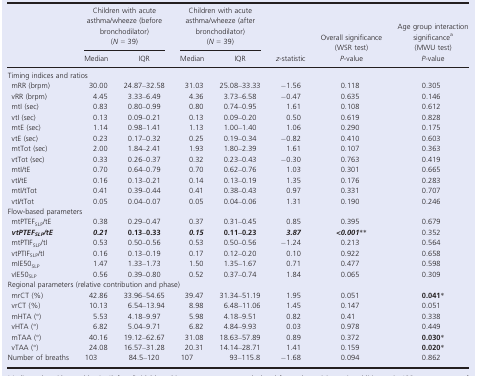
<table><thead><tr><td></td><td colspan="2"><b>Children with acute asthma/wheeze (before bronchodilator) (<i>N</i> = 39)</b></td><td colspan="2"><b>Children with acute asthma/wheeze (after bronchodilator) (<i>N</i> = 39)</b></td><td></td><td><b>Overall significance (WSR test)</b></td><td><b>Age group interaction significancea (MWU test)</b></td></tr><tr><td></td><td><b>Median</b></td><td><b>IQR</b></td><td><b>Median</b></td><td><b>IQR</b></td><td><b><i>z</i>‐statistic</b></td><td><b><i>P</i>‐value</b></td><td><b><i>P</i>‐value</b></td></tr></thead><tbody><tr><td colspan="8">Timing indices and ratios</td></tr><tr><td>mRR (brpm)</td><td>30.00</td><td>24.87–32.58</td><td>31.03</td><td>25.08–33.33</td><td>−1.56</td><td>0.118</td><td>0.305</td></tr><tr><td>vRR (brpm)</td><td>4.45</td><td>3.33–6.49</td><td>4.36</td><td>3.73–6.58</td><td>−0.47</td><td>0.635</td><td>0.146</td></tr><tr><td>mtI (sec)</td><td>0.83</td><td>0.80–0.99</td><td>0.80</td><td>0.74–0.95</td><td>1.61</td><td>0.108</td><td>0.612</td></tr><tr><td>vtI (sec)</td><td>0.13</td><td>0.09–0.21</td><td>0.13</td><td>0.09–0.20</td><td>0.50</td><td>0.619</td><td>0.828</td></tr><tr><td>mtE (sec)</td><td>1.14</td><td>0.98–1.41</td><td>1.13</td><td>1.00–1.40</td><td>1.06</td><td>0.290</td><td>0.175</td></tr><tr><td>vtE (sec)</td><td>0.23</td><td>0.17–0.32</td><td>0.25</td><td>0.19–0.34</td><td>−0.82</td><td>0.410</td><td>0.603</td></tr><tr><td>mtTot (sec)</td><td>2.00</td><td>1.84–2.41</td><td>1.93</td><td>1.80–2.39</td><td>1.61</td><td>0.107</td><td>0.363</td></tr><tr><td>vtTot (sec)</td><td>0.33</td><td>0.26–0.37</td><td>0.32</td><td>0.23–0.43</td><td>−0.30</td><td>0.763</td><td>0.419</td></tr><tr><td>mtI/tE</td><td>0.70</td><td>0.64–0.79</td><td>0.70</td><td>0.62–0.76</td><td>1.03</td><td>0.301</td><td>0.665</td></tr><tr><td>vtI/tE</td><td>0.16</td><td>0.13–0.21</td><td>0.14</td><td>0.13–0.19</td><td>1.35</td><td>0.176</td><td>0.283</td></tr><tr><td>mtI/tTot</td><td>0.41</td><td>0.39–0.44</td><td>0.41</td><td>0.38–0.43</td><td>0.97</td><td>0.331</td><td>0.707</td></tr><tr><td>vtI/tTot</td><td>0.05</td><td>0.04–0.07</td><td>0.05</td><td>0.04–0.06</td><td>1.31</td><td>0.190</td><td>0.246</td></tr><tr><td colspan="7">Flow‐based parameters</td><td></td></tr><tr><td>mtPTEF<sub>SLP</sub>/tE</td><td>0.38</td><td>0.29–0.47</td><td>0.37</td><td>0.31–0.45</td><td>0.85</td><td>0.395</td><td>0.679</td></tr><tr><td><i><b>vtPTEF</b></i><sub><i><b>SLP</b></i></sub><i><b>/tE</b></i></td><td><i><b>0.21</b></i></td><td><b>0.13–0.33</b></td><td><i><b>0.15</b></i></td><td><b>0.11–0.23</b></td><td><i><b>3.87</b></i></td><td><b>&lt;</b><i><b>0.001</b></i>c</td><td>0.352</td></tr><tr><td>mtPTIF<sub>SLP</sub>/tI</td><td>0.53</td><td>0.50–0.56</td><td>0.53</td><td>0.50–0.56</td><td>−1.24</td><td>0.213</td><td>0.564</td></tr><tr><td>vtPTIF<sub>SLP</sub>/tI</td><td>0.16</td><td>0.13–0.19</td><td>0.17</td><td>0.12–0.20</td><td>0.10</td><td>0.922</td><td>0.658</td></tr><tr><td>mIE50<sub>SLP</sub></td><td>1.47</td><td>1.33–1.73</td><td>1.50</td><td>1.35–1.67</td><td>0.71</td><td>0.477</td><td>0.598</td></tr><tr><td>vIE50<sub>SLP</sub></td><td>0.56</td><td>0.39–0.80</td><td>0.52</td><td>0.37–0.74</td><td>1.84</td><td>0.065</td><td>0.309</td></tr><tr><td colspan="8">Regional parameters (relative contribution and phase)</td></tr><tr><td>mrCT (%)</td><td>42.86</td><td>33.96–54.65</td><td>39.47</td><td>31.34–51.19</td><td>1.95</td><td>0.051</td><td><b>0.041</b>b</td></tr><tr><td>vrCT (%)</td><td>10.13</td><td>6.54–13.94</td><td>8.98</td><td>6.48–11.06</td><td>1.45</td><td>0.147</td><td>0.051</td></tr><tr><td>mHTA (°)</td><td>5.53</td><td>4.18–9.97</td><td>5.98</td><td>4.18–9.51</td><td>0.82</td><td>0.41</td><td>0.338</td></tr><tr><td>vHTA (°)</td><td>6.82</td><td>5.04–9.71</td><td>6.82</td><td>4.84–9.93</td><td>0.03</td><td>0.978</td><td>0.449</td></tr><tr><td>mTAA (°)</td><td>40.16</td><td>19.12–62.67</td><td>31.08</td><td>18.63–57.89</td><td>0.89</td><td>0.372</td><td><b>0.030</b>b</td></tr><tr><td>vTAA (°)</td><td>24.08</td><td>16.57–31.28</td><td>20.31</td><td>14.14–28.71</td><td>1.41</td><td>0.159</td><td><b>0.020</b>b</td></tr><tr><td>Number of breaths</td><td>103</td><td>84.5–120</td><td>107</td><td>93–115.8</td><td>−1.68</td><td>0.094</td><td>0.862</td></tr></tbody></table>